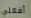
أفعلي